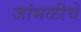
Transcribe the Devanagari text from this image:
जांभळीचे